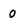
Character: 0